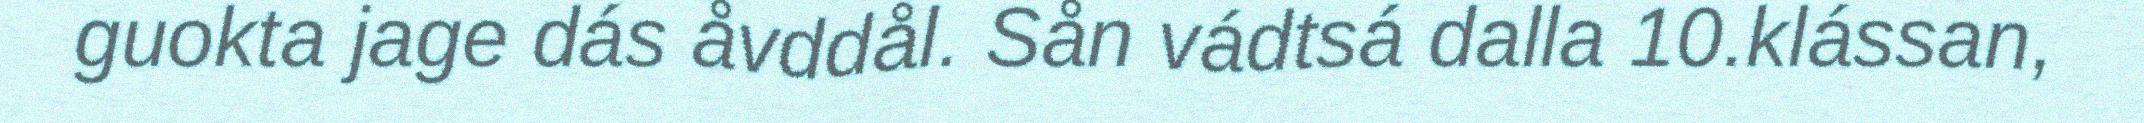
guokta jage dás åvddål. Sån vádtsá dalla 10.klássan,